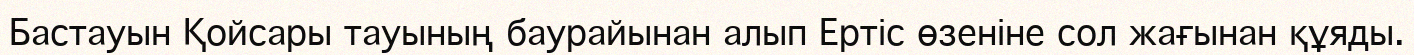
Бастауын Қойсары тауының баурайынан алып Ертіс өзеніне сол жағынан құяды.